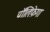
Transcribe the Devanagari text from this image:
पॉलिफ़ेगा